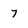
Character: 7